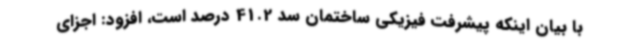
با بیان اینکه پیشرفت فیزیکی ساختمان سد 41.2 درصد است، افزود: اجزای